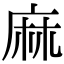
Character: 麻